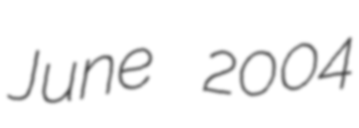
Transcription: June 2004